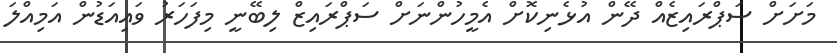
މަށަށް ސަޕްރައިޒެއް ދޭން އުޅެނިކޮށް އެމީހުންނަށް ސަޕްރައިޒް ލިބޭނީ މިފަހަރު ވައިއަޑުން އަމިއްލަ